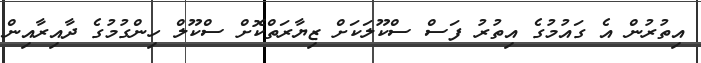
އިތުރުން އެ ގައުމުގެ އިތުރު ފަސް ސްކޫލަކަށް ޒިޔާރަތްކޮށް ސްކޫލް ހިންގުމުގެ ދާއިރާއިން